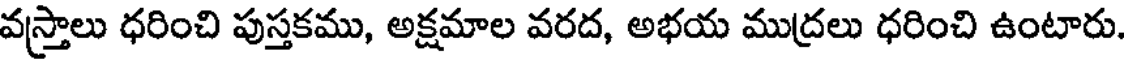
వస్త్రాలు ధరించి పుస్తకము, అక్షమాల వరద, అభయ ముద్రలు ధరించి ఉంటారు.